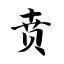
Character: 贲